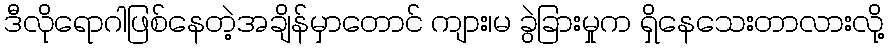
ဒီလိုရောဂါဖြစ်နေတဲ့အချိန်မှာတောင် ကျား၊မ ခွဲခြားမှုက ရှိနေသေးတာလားလို့